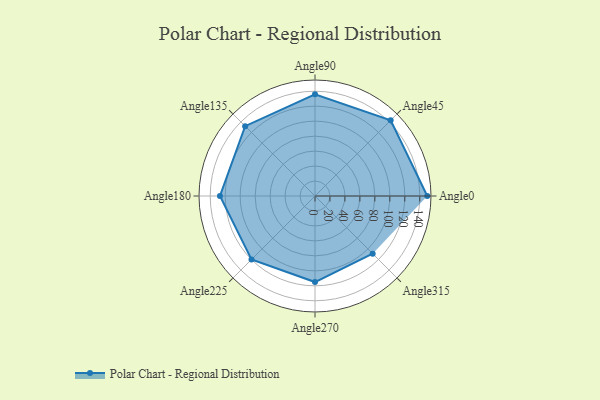
{"axis": {"x": "Angle", "y": "Radius"}, "legend": [""], "data": [{"x": "Angle0", "y": 150.0, "type": ""}, {"x": "Angle45", "y": 143.0, "type": ""}, {"x": "Angle90", "y": 136.0, "type": ""}, {"x": "Angle135", "y": 132.0, "type": ""}, {"x": "Angle180", "y": 127.0, "type": ""}, {"x": "Angle225", "y": 120.0, "type": ""}, {"x": "Angle270", "y": 115.0, "type": ""}, {"x": "Angle315", "y": 109.0, "type": ""}]}